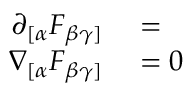
\begin{array} { r l } { \partial _ { [ \alpha } F _ { \beta \gamma ] } } & { { } = } \\ { \nabla _ { [ \alpha } F _ { \beta \gamma ] } } & { { } = 0 } \end{array}